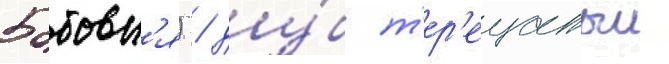
Бобовн'я) / ду́б т'ер'ещатыи